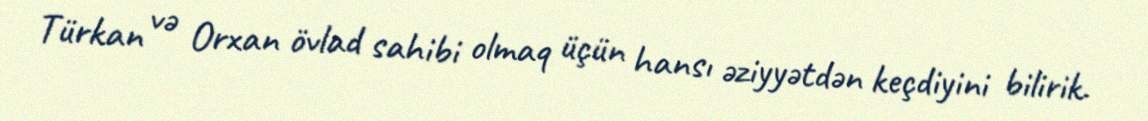
Türkan və Orxan övlad sahibi olmaq üçün hansı əziyyətdən keçdiyini bilirik.